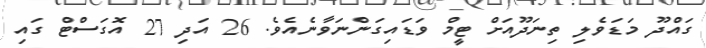
ގައްދޫ މަޑަވެލި ތިނަދޫއަށް ޓީމް ވަޑައިގަންނަވާނެއެވެ. 26 އަދި 27 އޮގަސްޓް ގައި